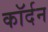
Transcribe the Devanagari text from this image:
कॉर्दन